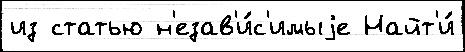
из статью н'езав'и́с'имыjе Найт'и́